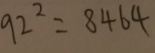
9 2 ^ { 2 } = 8 4 6 4